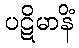
ပဋိမာနိံ